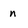
Character: n